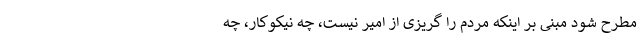
مطرح شود مبنی بر اینکه مردم را گریزی از امیر نیست، چه نیکوکار، چه